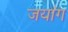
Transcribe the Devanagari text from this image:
जयांग